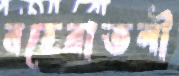
বহেরাতলী